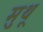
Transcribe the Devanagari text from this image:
मुथू